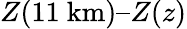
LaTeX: Z(11\mathrm{\ km})–Z(z)